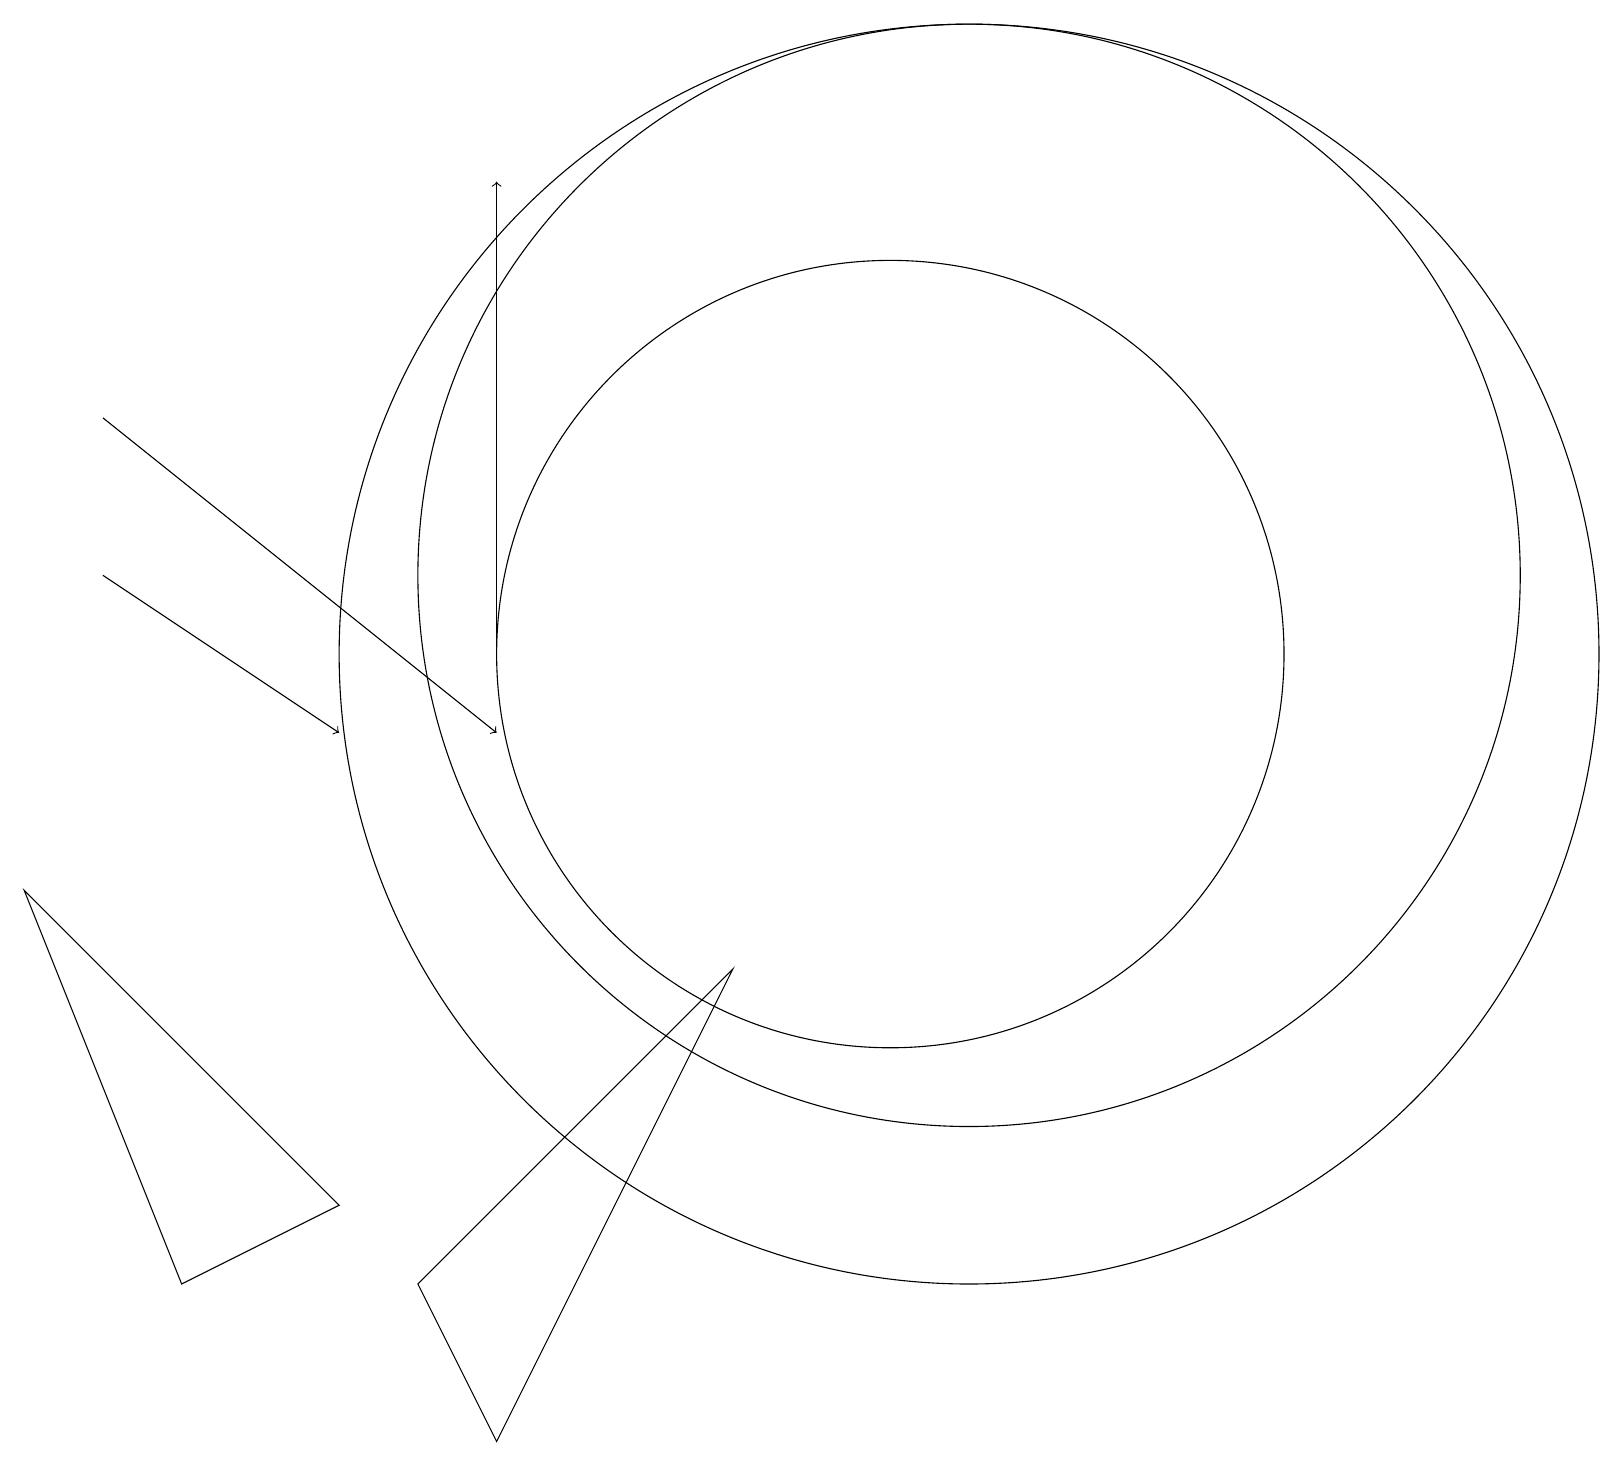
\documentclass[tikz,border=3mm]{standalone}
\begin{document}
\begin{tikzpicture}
\draw (11,11) circle (5);
\draw (12,11) circle (8);
\draw[->] (6,11) -- (6,17);
\draw (12,12) circle (7);
\draw (2,3) -- (4,4) -- (0,8) -- cycle;
\draw (6,1) -- (5,3) -- (9,7) -- cycle;
\draw[->] (1,12) -- (4,10);
\draw[->] (1,14) -- (6,10);
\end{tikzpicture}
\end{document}